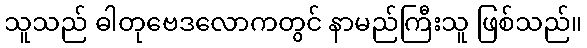
သူသည် ဓါတုဗေဒလောကတွင် နာမည်ကြီးသူ ဖြစ်သည်။